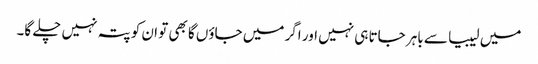
میں لیبیا سے باہر جاتا ہی نہیں اور اگر میں جاؤں گا بھی تو ان کو پتہ نہیں چلے گا۔